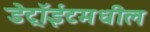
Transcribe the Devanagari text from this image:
डेट्रॉईटमधील